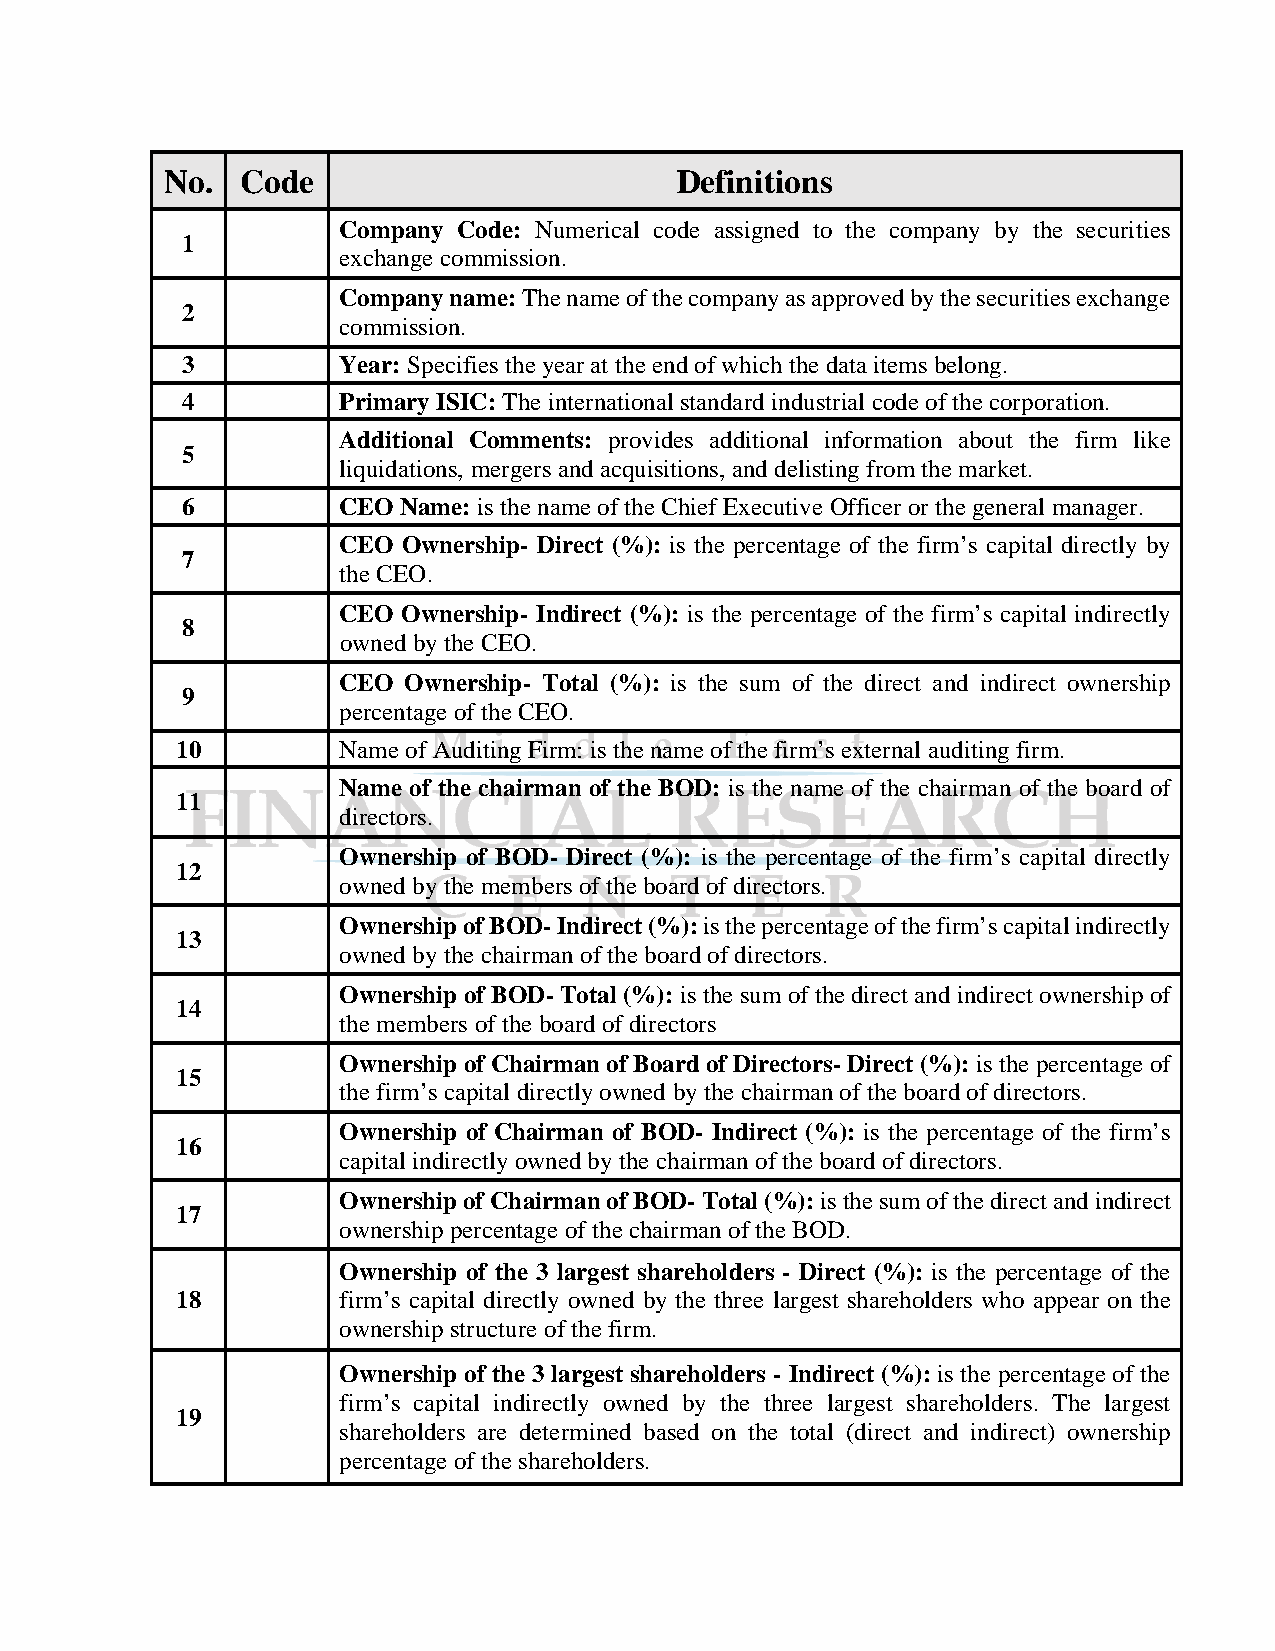
No.  Code                         Definitions
 Company Code: Numerical code assigned to the company by the securities
 1
 exchange commission.
 Company name: The name of the company as approved by the securities exchange
 2
 commission.
 3         Year: Specifies the year at the end of which the data items belong.
 4         Primary ISIC: The international standard industrial code of the corporation.
 Additional Comments: provides additional information about the firm like
 5
 liquidations, mergers and acquisitions, and delisting from the market.
 6         CEO Name: is the name of the Chief Executive Officer or the general manager.
 CEO  Ownership- Direct (%): is the percentage of the firm’s capital directly by
 7
 the CEO.
 CEO  Ownership- Indirect (%): is the percentage of the firm’s capital indirectly
 8
 owned by the CEO.
 CEO  Ownership- Total (%): is the sum of the direct and indirect ownership
 9
 percentage of the CEO.
 10        Name of Auditing Firm: is the name of the firm’s external auditing firm.
 Name of the chairman of the BOD: is the name of the chairman of the board of
 11
 directors.
 Ownership of BOD- Direct (%): is the percentage of the firm’s capital directly
 12
 owned by the members of the board of directors.
 Ownership of BOD- Indirect (%): is the percentage of the firm’s capital indirectly
 13
 owned by the chairman of the board of directors.
 Ownership of BOD- Total (%): is the sum of the direct and indirect ownership of
 14
 the members of the board of directors
 Ownership of Chairman of Board of Directors- Direct (%): is the percentage of
 15
 the firm’s capital directly owned by the chairman of the board of directors.
 Ownership of Chairman of BOD- Indirect (%): is the percentage of the firm’s
 16
 capital indirectly owned by the chairman of the board of directors.
 Ownership of Chairman of BOD- Total (%): is the sum of the direct and indirect
 17
 ownership percentage of the chairman of the BOD.
 Ownership of the 3 largest shareholders - Direct (%): is the percentage of the
 18        firm’s capital directly owned by the three largest shareholders who appear on the
 ownership structure of the firm.
 Ownership of the 3 largest shareholders - Indirect (%): is the percentage of the
 firm’s capital indirectly owned by the three largest shareholders. The largest
 19
 shareholders are determined based on the total (direct and indirect) ownership
 percentage of the shareholders.